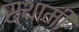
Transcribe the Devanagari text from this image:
स्थामी